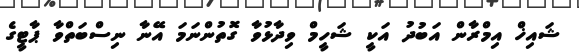
ޝައިޚް އިމްރާން އަބުދު އަކީ ޝަހީމް ވިދާޅުވާ ގޮތުންނަމަ އޭނާ ނިސްބަތްވާ ޕާޓީގެ